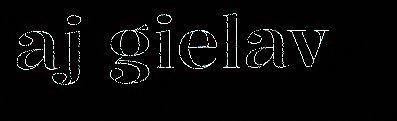
aj gielav